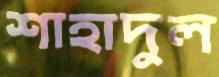
শাহাদুল